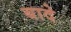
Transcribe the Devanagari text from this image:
बादे